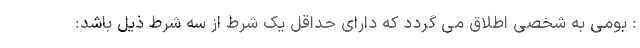
: بومی به شخصی اطلاق می گردد که دارای حداقل یک شرط از سه شرط ذیل باشد: